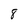
Character: 8